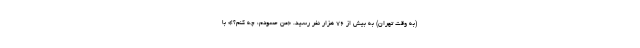
(به وقت تهران) به بیش از 76 هزار نفر رسید. «من حسودم، چه کنم؟!» با